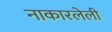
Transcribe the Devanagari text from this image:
नाकारलेली